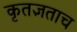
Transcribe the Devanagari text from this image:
कृतज्ञताच